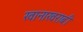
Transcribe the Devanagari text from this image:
खानाखराबी